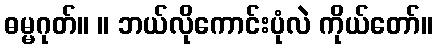
ဓမ္မဂုတ်။ ။ ဘယ်လိုကောင်းပုံလဲ ကိုယ်တော်။